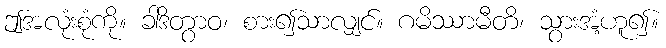
ဤအလုံးစုံကို။ ခါဒိတွာဝ၊ စား၍သာလျှင်။ ဂမိဿာမီတိ၊ သွားအံ့ဟူ၍။